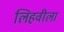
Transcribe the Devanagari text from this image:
लिहवीला